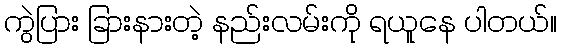
ကွဲပြား ခြားနားတဲ့ နည်းလမ်းကို ရယူနေ ပါတယ်။